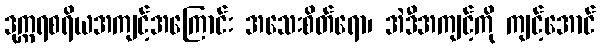
ဒုက္ကရစရိယအကျင့်အကြောင်း အသေးစိတ်ရော၊ အဲဒီအကျင့်ကို ကျင့်အောင်